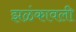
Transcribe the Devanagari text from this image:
झळंकावली